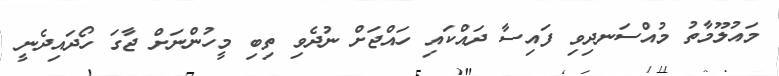
މައުލޫމާތު މުއްސަނދިވި ފައިސާ ދައްކައި ހައްޖަށް ނުދެވި ތިބި މީހުންނަށް ޖާގަ ހޯދައިދެނީ